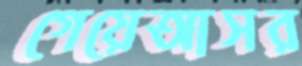
গেয়েআসর